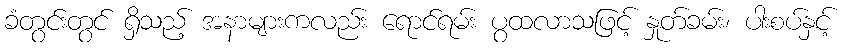
ခံတွင်းတွင် ရှိသည့် အနာများကလည်း ရောင်ရမ်း ပွထလာသဖြင့် နှုတ်ခမ်း၊ ပါးစပ်နှင့်